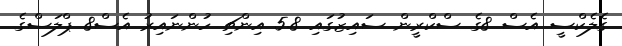
ގެލެކްސީ އެސް 8ގެ ސްކްރީން ސައިޒުގައި 5.8 އިންޗި ހުންނައިރު އެސް8 ޕްލަސްގެ